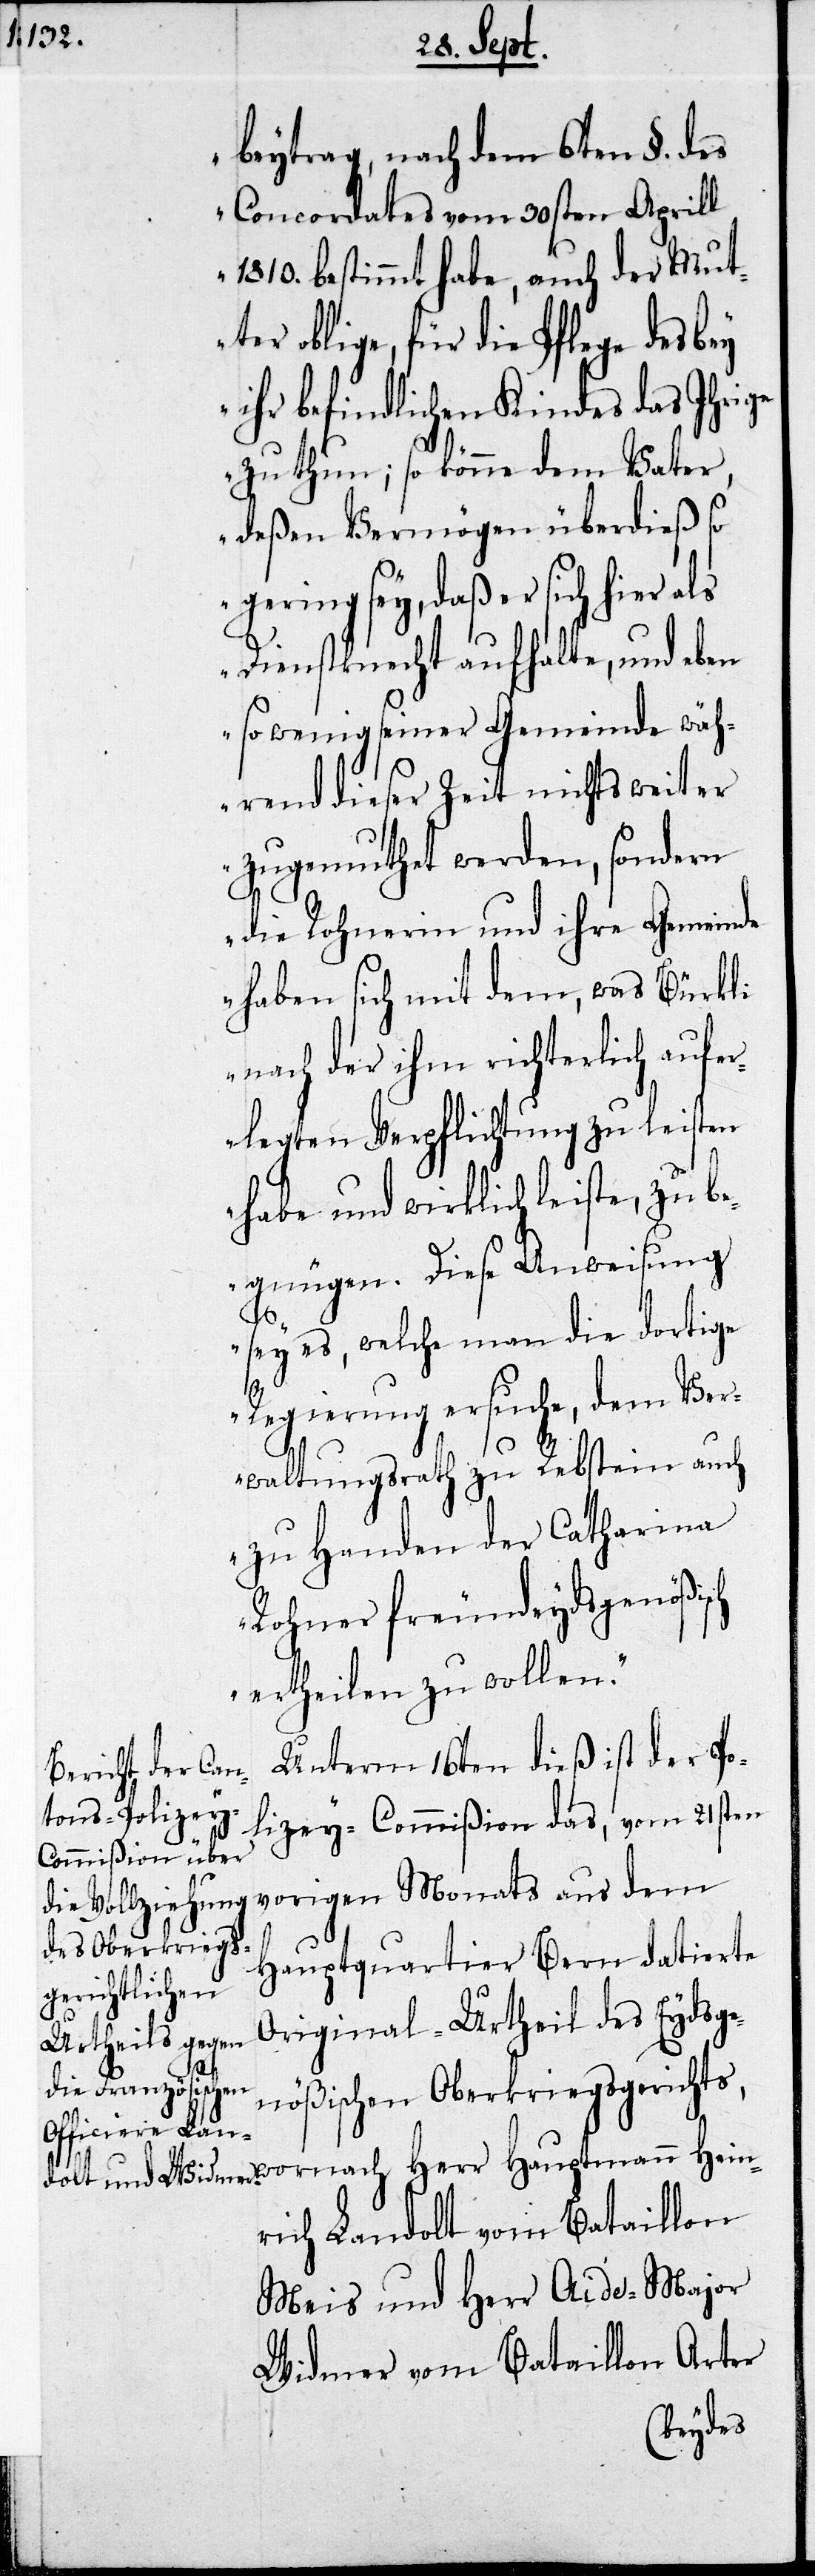
beytrag nach dem 6ten §. des
Concordates vom 30sten Aprill
1810. bestimmt habe, auch der Mut¬
ter oblige, für die Pflege des
ihr befindlichen Kindes das Ihrige
zu thun; so könne dem Vater,
deßen Vermögen überdieß so
gering sey, daß er sich hier als
Dienstknecht aufhalte, und eben
so wenig seiner Gemeinde wäh¬
rend dieser Zeit nichts weiter
zugemuthet werden, sondern
die Rohnerin und ihre Gemeinde
haben sich mit dem, was Bürkli
nach der ihm richterlich aufer¬
legten Verpflichtung zu leisten
habe und wirklich leiste, zu be¬
gnügen. Diese Anweisung
sey es, welche man die dortige
Regierung ersuche, dem Ver¬
waltungsrath zu Rebstein auch
zu Handen der Catharina
Rohner freundeydsgenößisch
ertheilen zu wollen.“
Unterm 16ten dieß ist der Po¬
lizey-Commißion das, vom 21sten
vorigen Monats aus dem
Hauptquartier Bern datierte
Original-Urtheil des Eydsge¬
nößischen Oberkriegsgerichts,
wonach Herr Hauptmann Hein¬
rich Landolt vom Bataillon
Meis und Herr Aide-Major
Widmer vom Bataillon Arter